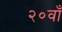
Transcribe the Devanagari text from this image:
२०वाँ